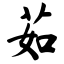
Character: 茹